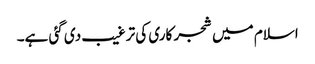
اسلام میں شجر کاری کی ترغیب دی گئی ہے۔